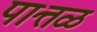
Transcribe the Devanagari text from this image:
पात्तळ